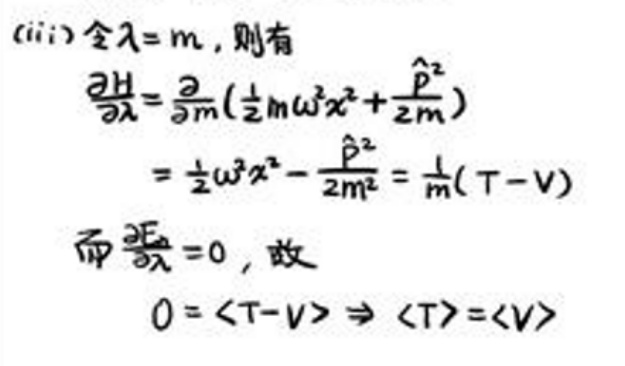
\begin{align*}
(\text{iii})\text{令}\lambda=m,\text{则有}\\
\frac{\partial H}{\partial\lambda}&=\frac{\partial}{\partial m}\left(\frac{1}{2}m\omega^{2}x^{2}+\frac{\hat{p}^{2}}{2m}\right)\\
&=\frac{1}{2}\omega^{2}x^{2}-\frac{\hat{p}^{2}}{2m^{2}}=\frac{1}{m}(T - V)\\
\text{而}\frac{\partial\lambda}{\partial t}&=0,\text{故}\\
0&=\langle T - V\rangle\Rightarrow\langle T\rangle=\langle V\rangle
\end{align*}